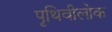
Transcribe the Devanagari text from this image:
पृथिवीलोक